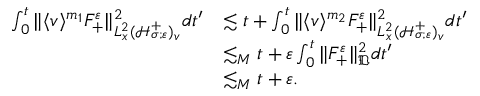
\begin{array} { r l } { \int _ { 0 } ^ { t } \| \langle v \rangle ^ { m _ { 1 } } F _ { + } ^ { \varepsilon } \| _ { L _ { x } ^ { 2 } ( \mathcal H _ { \sigma ; \varepsilon } ^ { + } ) _ { v } } ^ { 2 } d t ^ { \prime } } & { \lesssim t + \int _ { 0 } ^ { t } \| \langle v \rangle ^ { m _ { 2 } } F _ { + } ^ { \varepsilon } \| _ { L _ { x } ^ { 2 } ( \mathcal H _ { \sigma ; \varepsilon } ^ { + } ) _ { v } } ^ { 2 } d t ^ { \prime } } \\ & { \lesssim _ { M } t + \varepsilon \int _ { 0 } ^ { t } \| F _ { + } ^ { \varepsilon } \| _ { \mathfrak D } ^ { 2 } d t ^ { \prime } } \\ & { \lesssim _ { M } t + \varepsilon . } \end{array}